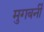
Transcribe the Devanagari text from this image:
मुगबर्नी